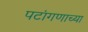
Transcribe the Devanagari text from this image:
पटांगणाच्या